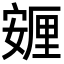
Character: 𡪸